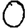
Digit: 0